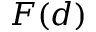
F ( d )